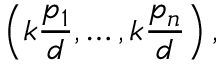
\left( k { \frac { p _ { 1 } } { d } } , \ldots , k { \frac { p _ { n } } { d } } \right) ,